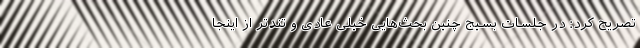
تصریح کرد: در جلسات بسیج چنین بحث‌هایی خیلی عادی و تندتر از اینجا